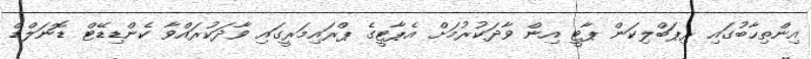
އިންތިހާބުގައި ރިޕަބްލިކަން ޕާޓީ އިން ވާދަކުރުމަށް އެޕާޓީގެ ޕްރައިމަރީގައި ވާދަކުރައްވާ ކެންޑިޑޭޓް ޑޮނަލްޑް